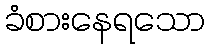
ခံစားနေရသော